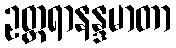
ဥတ္တရာနန္ဒမာတာ